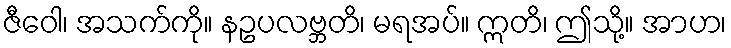
ဇီဝေါ၊ အသက်ကို။ နဥပလဗ္ဘတိ၊ မရအပ်။ ဣတိ၊ ဤသို့။ အာဟ၊